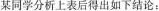
某同学分析上表后得出如下结论：